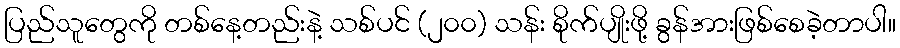
ပြည်သူတွေကို တစ်နေ့တည်းနဲ့ သစ်ပင် (၂၀၀) သန်း စိုက်ပျိုးဖို့ ခွန်အားဖြစ်စေခဲ့တာပါ။